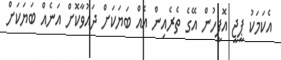
އެކަމަކު ޕީޖީ އޮފީހުން އޭގެ ތެރެއިން އެއް ބަޔަކަށް ދައުވާކޮށް އަނެއް ބަޔަކަށް